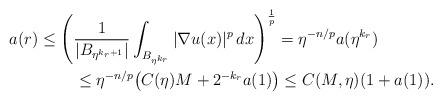
LaTeX: \begin{align*}&a(r)\le\left( \frac1{|B_{\eta^{k_r+1}}|}\int_{B_{\eta^{k_r}}}|\nabla u(x)|^p\,dx\right)^{\frac1p}=\eta^{-n/p}a(\eta^{k_r})\\&\qquad\qquad\le\eta^{-n/p}\big( C(\eta)M+2^{-k_r}a(1)\big)\le C(M,\eta)(1+a(1)).\end{align*}